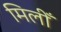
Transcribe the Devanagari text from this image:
मिलीँ